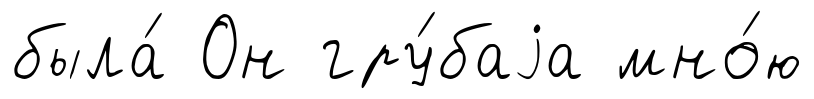
была́ Он гру́баjа мно́ю